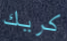
كريك